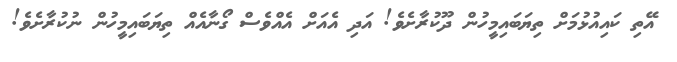
އޭތި ކައިއުޅުމަށް ތިޔަބައިމީހުން ދޫކުރާށެވެ! އަދި އެއަށް އެއްވެސް ގޯނާއެއް ތިޔަބައިމީހުން ނުކުރާށެވެ!